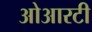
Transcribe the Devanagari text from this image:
ओआरटी